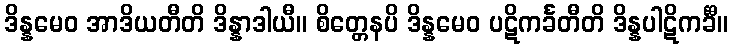
ဒိန္နမေဝ အာဒိယတီတိ ဒိန္နာဒါယီ။ စိတ္တေနပိ ဒိန္နမေဝ ပဋိကင်္ခတီတိ ဒိန္နပါဋိကင်္ခီ။